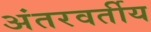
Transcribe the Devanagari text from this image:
अंतरवर्तीय